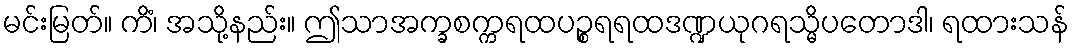
မင်းမြတ်။ ကိံ၊ အသို့နည်း။ ဤသာအက္ခစက္ကရထပဉ္စရရထဒဏ္ဍယုဂရသ္မိပတောဒါ၊ ရထားသန်